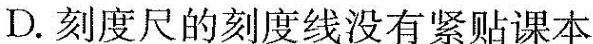
D. 刻度尺的刻度线没有紧贴课本